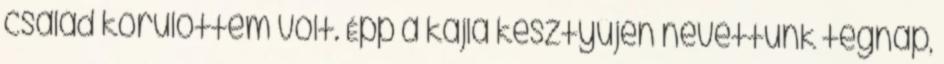
család körülöttem volt. Épp a kajla kesztyűjén nevettünk tegnap,